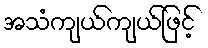
အသံကျယ်ကျယ်ဖြင့်